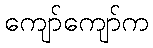
ကျော်ကျော်က